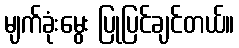
မျက်ခုံးမွေး ပြုပြင်ချင်တယ်။